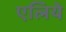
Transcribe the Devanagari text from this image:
एलिये